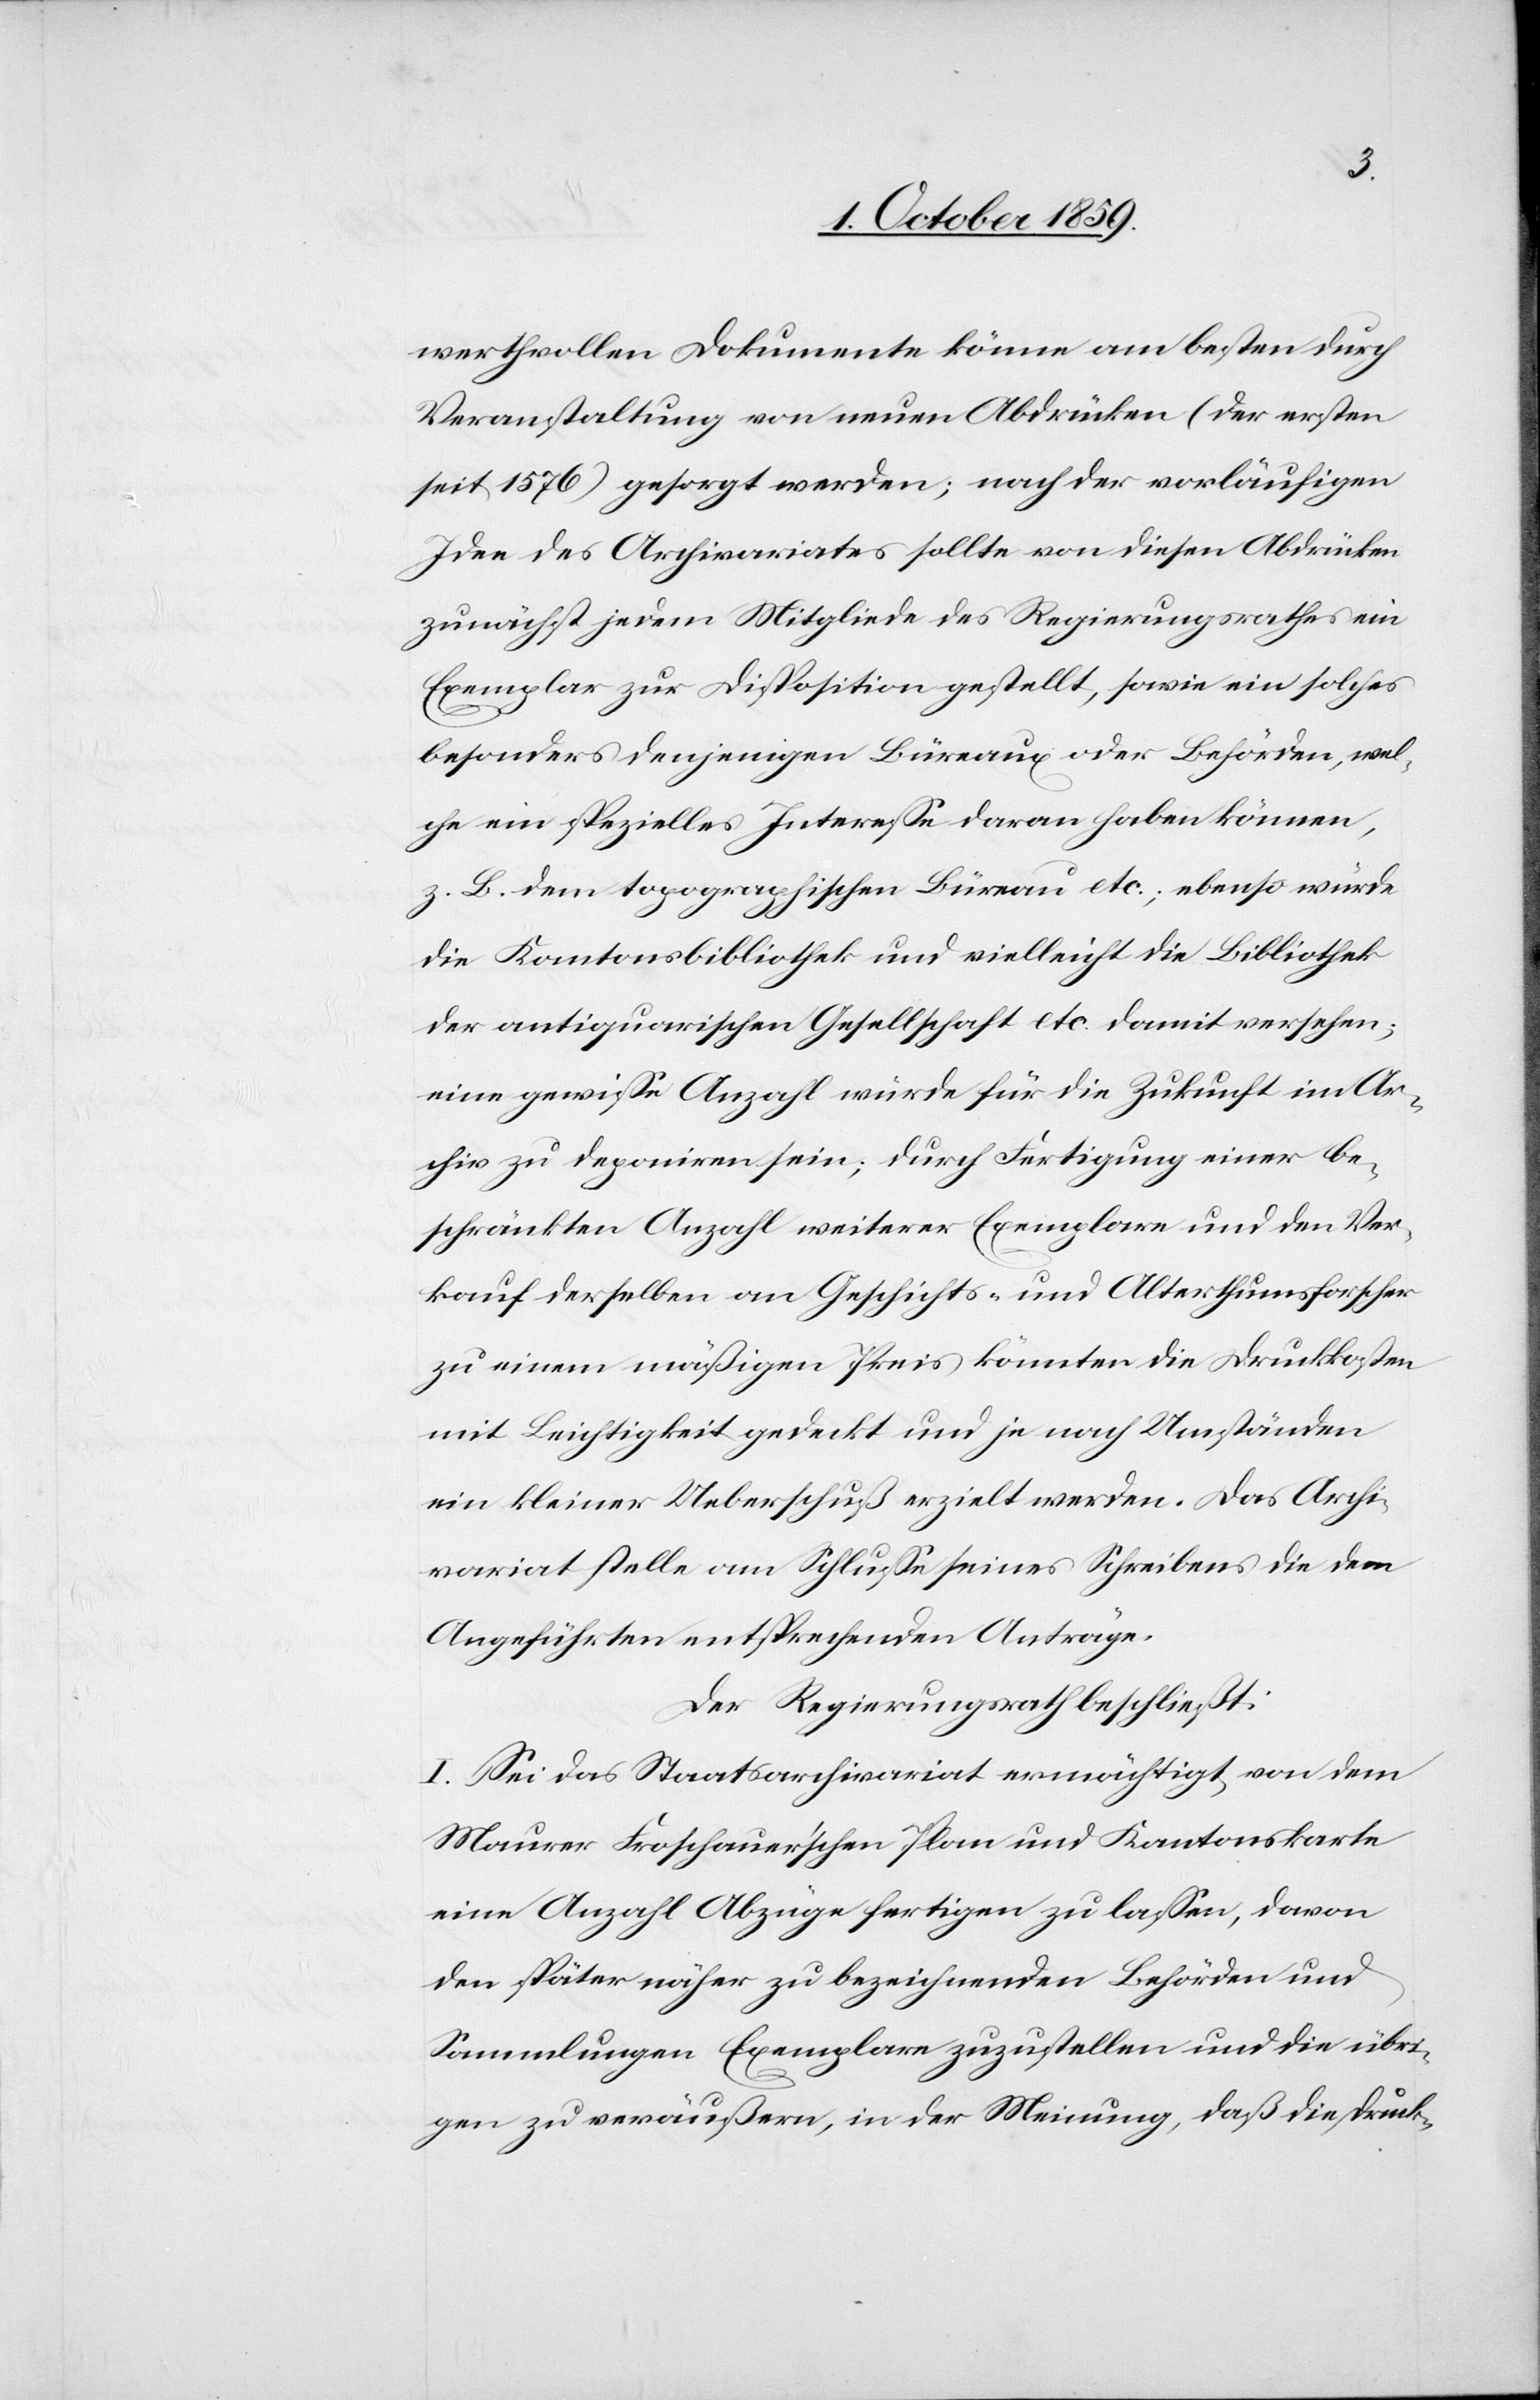
werthvollen Dokumente könne am besten durch
Veranstaltung von neuen Abdrücken (der ersten
seit 1576) gesorgt werden; nach der vorläufigen
Idee des Archivariates sollte von diesen Abdrücken
zunächst jedem Mitgliede des Regierungsrathes ein
Exemplar zur Disposition gestellt, sowie ein solches
besonders denjenigen Büreaux oder Behörden, wel¬
che ein spezielles Interesse daran haben können,
z. B. dem topographischen Büreau etc., ebenso würde
die Kantonsbibliothek und vielleicht die Bibliothek
der antiquarischen Gesellschaft etc. damit versehen;
eine gewisse Anzahl würde für die Zukunft im Ar¬
chiv zu deponiren sein; durch Fertigung einer be¬
schränkten Anzahl weiterer Exemplare und den Ver¬
kauf derselben an Geschichts- und Alterthumsforscher
zu einem mäßigen Preis könnten die Druckkosten
mit Leichtigkeit gedeckt und je nach Umständen
ein kleiner Ueberschuß erzielt werden. Das Archi¬
variat stelle am Schlusse seines Schreibens die dem
Angeführten entsprechenden Anträge:
Der Regierungsrath beschließt:
I. Sei das Staatsarchivariat ermächtigt, von dem
Maurer Froschauer'schen Plan und Kantonskarte
eine Anzahl Abzüge fertigen zu lassen, davon
den später näher zu bezeichnenden Behörden und
Sammlungen Exemplare zuzustellen und die übri¬
gen zu veräußern, in der Meinung, daß die Druck-